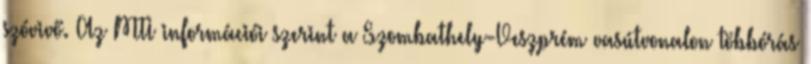
szóvivő. Az MTI információi szerint a Szombathely-Veszprém vasútvonalon többórás